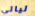
ليالي